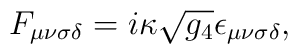
F_{\mu \nu \sigma \delta} = i\kappa \sqrt{g_4}\epsilon_{\mu \nu\sigma \delta },